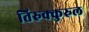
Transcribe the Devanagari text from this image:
तिरुक्कुरुल